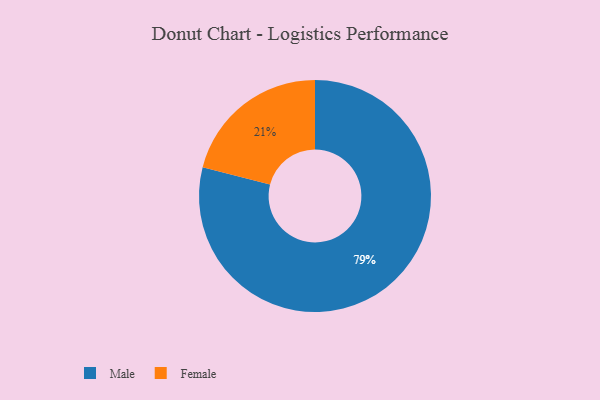
{"axis": {"x": "Category", "y": "Percentage"}, "legend": ["Female", "Male"], "data": [{"x": "Male", "y": 79, "type": "Male"}, {"x": "Female", "y": 21, "type": "Female"}]}